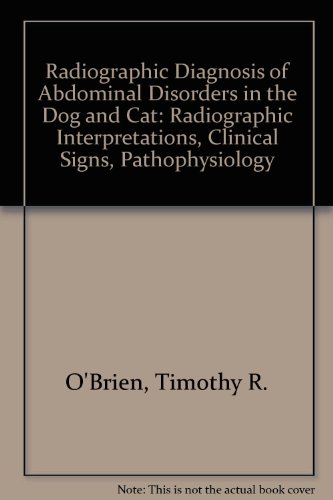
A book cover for Radiographic diagnosis of abdominal disorders in the dog and cat: Radiographic interpretation, clinical signs, pathophysiology; Timothy R O'Brien; Medical Books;